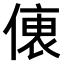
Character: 𠍡